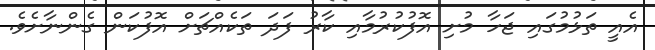
އެއީ ތަޅުމުގައި ޖަހާ މުށި އޮފުކުރުމާއި ކާރު ފަދަ ތަކެއްޗަށް އޮފުކަން ގެންނާށެވެ.